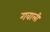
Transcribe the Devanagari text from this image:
गवाली